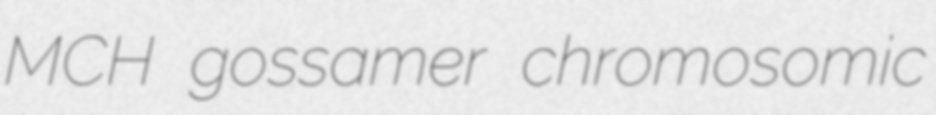
MCH gossamer chromosomic